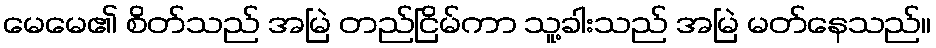
မေမေ၏ စိတ်သည် အမြဲ တည်ငြိမ်ကာ သူ့ခါးသည် အမြဲ မတ်နေသည်။